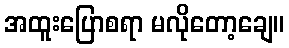
အထူးပြောစရာ မလိုတော့ချေ။